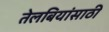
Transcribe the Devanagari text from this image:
तेलबियांसाठी